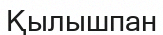
Қылышпан